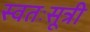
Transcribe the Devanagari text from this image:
स्वतःसूत्री